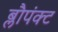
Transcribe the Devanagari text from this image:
ब्लौपंक्ट